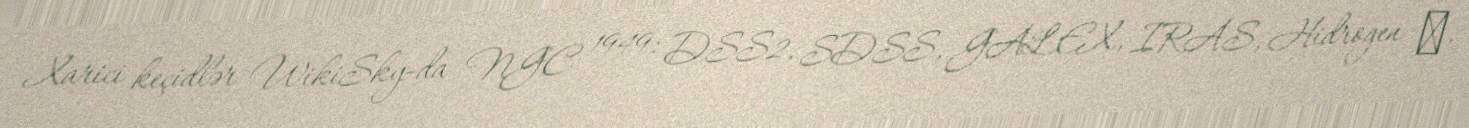
Xarici keçidlər WikiSky-da NGC 1949: DSS2, SDSS, GALEX, IRAS, Hidrogen α,